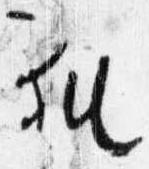
猶